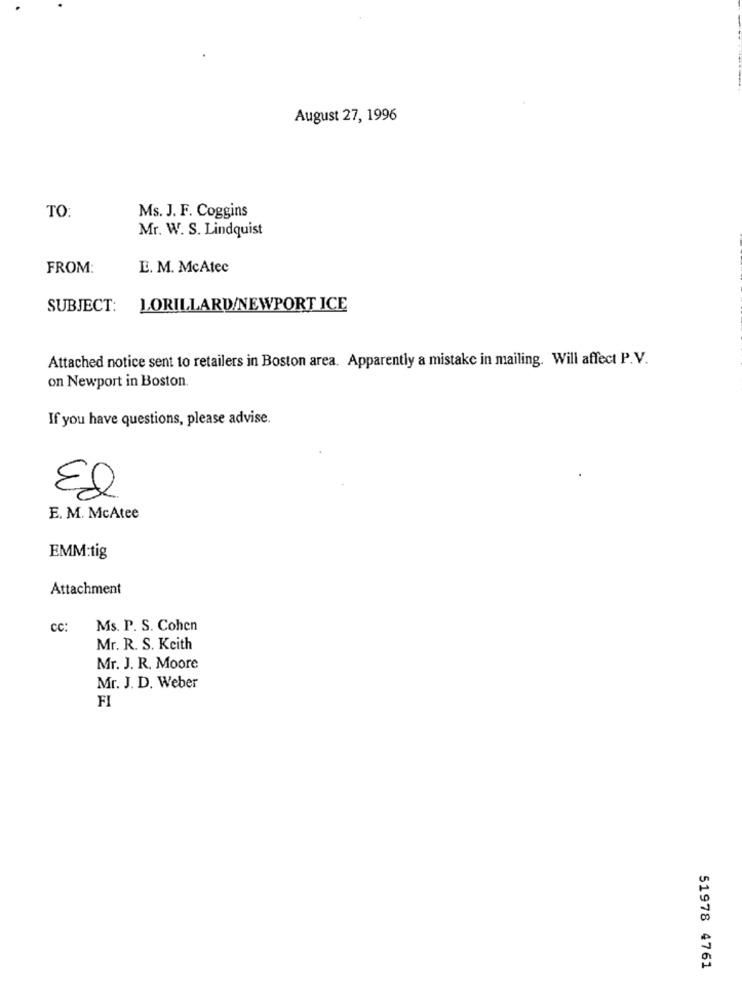
August 27, 1996
TO:
Ms. J. F. Coggins
Mr. W. S. Lindquist
FROM:
E. M. McAtec
SUBJECT:
LORILLARD/NEWPORT ICE
Attached notice sent to retailers in Boston area. Apparently a mistake in mailing. Will affect P.V.
on Newport in Boston.
If you have questions, please advise.
El
E. M. McAtee
EMM:tig
Attachment
CC:
Ms. P. S. Cohen
Mr. R. S. Keith
Mr. J. R. Moore
Mr. J. D. Weber
FI
51978 4761